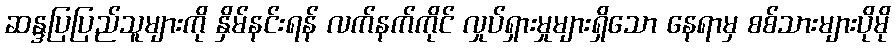
ဆန္ဒပြပြည်သူများကို နှိမ်နင်းရန် လက်နက်ကိုင် လှုပ်ရှားမှုများရှိသော နေရာမှ စစ်သားများပိုမို